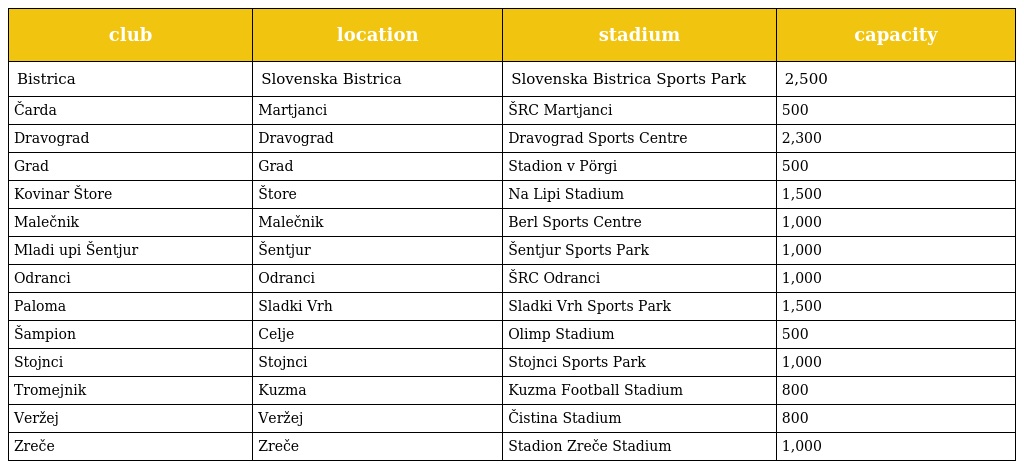
| club | location | stadium | capacity |
 | --- | --- | --- | --- |
 | Bistrica | Slovenska Bistrica | Slovenska Bistrica Sports Park | 2,500 |
 | Čarda | Martjanci | ŠRC Martjanci | 500 |
 | Dravograd | Dravograd | Dravograd Sports Centre | 2,300 |
 | Grad | Grad | Stadion v Pörgi | 500 |
 | Kovinar Štore | Štore | Na Lipi Stadium | 1,500 |
 | Malečnik | Malečnik | Berl Sports Centre | 1,000 |
 | Mladi upi Šentjur | Šentjur | Šentjur Sports Park | 1,000 |
 | Odranci | Odranci | ŠRC Odranci | 1,000 |
 | Paloma | Sladki Vrh | Sladki Vrh Sports Park | 1,500 |
 | Šampion | Celje | Olimp Stadium | 500 |
 | Stojnci | Stojnci | Stojnci Sports Park | 1,000 |
 | Tromejnik | Kuzma | Kuzma Football Stadium | 800 |
 | Veržej | Veržej | Čistina Stadium | 800 |
 | Zreče | Zreče | Stadion Zreče Stadium | 1,000 |